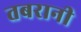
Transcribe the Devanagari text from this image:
तबरानी